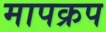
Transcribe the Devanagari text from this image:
मापक्रप